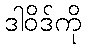
ဒါဝိဒ်ကို